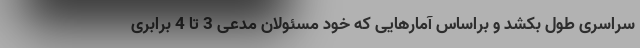
سراسری طول بکشد و براساس آمارهایی که خود مسئولان مدعی 3 تا 4 برابری